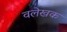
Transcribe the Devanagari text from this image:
वलेखक